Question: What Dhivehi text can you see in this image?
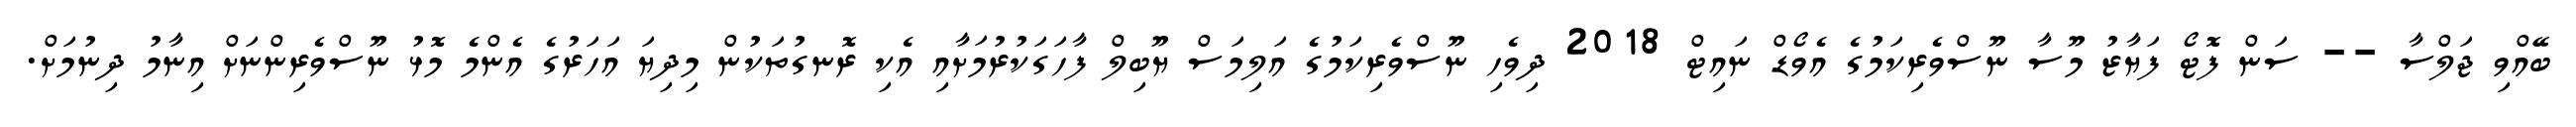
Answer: ބޭއްވި ޖަލްސާ -- ސަން ފޮޓޯ ފަޔާޒު މޫސާ ނޫސްވެރިކަމުގެ އެވޯޑް ނައިޓް 2018 ދިވެހި ނޫސްވެރިކަމުގެ އަލިމަސް ޔޫބިލް ފާހަގަކުރުމަށާއި އެކި ރޮނގުތަކުން މިދިޔަ އަހަރުގެ އެންމެ މޮޅު ނޫސްވެރިންނަށް އިނާމު ދިނުމަށް.